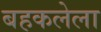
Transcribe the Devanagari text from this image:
बहकलेला